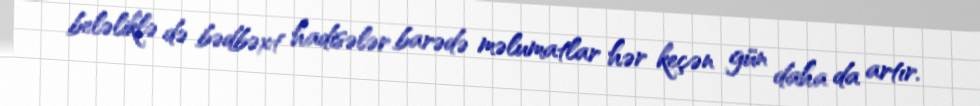
beləliklə də bədbəxt hadisələr barədə məlumatlar hər keçən gün daha da artır.